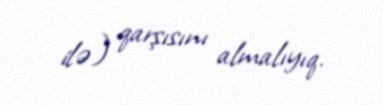
ilə) qarşısını almalıyıq.